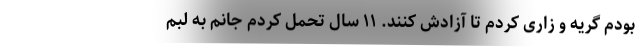
بودم گریه و زاری کردم تا آزادش کنند. ١١ سال تحمل کردم جانم به لبم